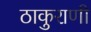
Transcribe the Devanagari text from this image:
ठाकुराणी